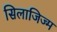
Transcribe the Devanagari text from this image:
सिलाजिज्म